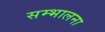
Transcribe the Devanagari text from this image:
सम्भालना